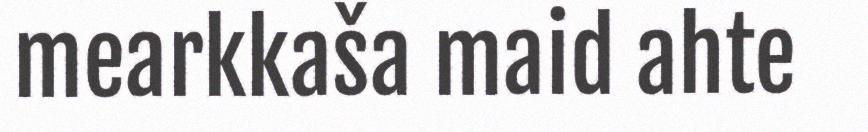
mearkkaša maid ahte